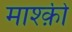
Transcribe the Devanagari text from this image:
माश्क़ी